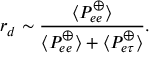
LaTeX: r _ { d } \sim \frac { \langle P _ { e e } ^ { \oplus } \rangle } { \langle P _ { e e } ^ { \oplus } \rangle + \langle P _ { e \tau } ^ { \oplus } \rangle } .